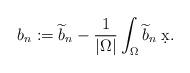
LaTeX: \begin{align*} b_{n} := \widetilde{b}_{n} - \frac{1}{\lvert \Omega \rvert} \int_{\Omega} \widetilde{b}_{n} \; \d x.\end{align*}